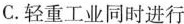
C.轻重工业同时进行